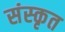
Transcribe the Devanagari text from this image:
संस्‍कृत